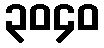
၃၀၄၀